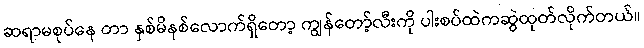
ဆရာမစုပ်နေ တာ နှစ်မိနစ်လောက်ရှိတော့ ကျွန်တော့်လီးကို ပါးစပ်ထဲကဆွဲထုတ်လိုက်တယ်။